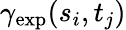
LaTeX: \gamma_{\mathrm{exp}}(s_{i},t_{j})